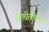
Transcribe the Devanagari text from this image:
सुष्टीतील